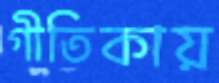
গীতিকায়